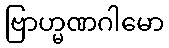
ဗြာဟ္မဏဂါမော